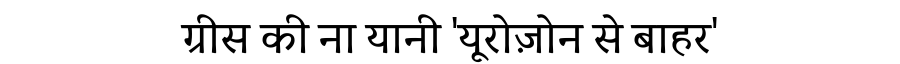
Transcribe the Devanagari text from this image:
ग्रीस की ना यानी 'यूरोज़ोन से बाहर'